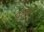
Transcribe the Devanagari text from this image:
चुन्नबुतर